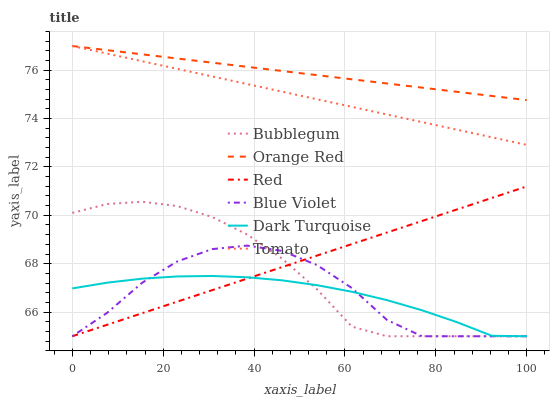
| xaxis_label | Bubblegum | Orange Red | Red | Blue Violet | Dark Turquoise | Tomato |
 | --- | --- | --- | --- | --- | --- | --- |
 | 0 | 70.1 | 77 | 65 | 65 | 67 | 77 |
 | 7.69 | 70.5 | 76.8 | 65.5 | 66 | 67.2 | 76.7 |
 | 15.4 | 70.6 | 76.7 | 66 | 67.2 | 67.4 | 76.4 |
 | 23.1 | 70.4 | 76.5 | 66.4 | 68.1 | 67.5 | 76.1 |
 | 30.8 | 69.9 | 76.3 | 66.9 | 68.6 | 67.5 | 75.7 |
 | 38.5 | 69.2 | 76.1 | 67.4 | 68.7 | 67.4 | 75.4 |
 | 46.2 | 68.2 | 76 | 67.9 | 68.5 | 67.3 | 75.1 |
 | 53.8 | 66.9 | 75.8 | 68.3 | 67.9 | 67.1 | 74.8 |
 | 61.5 | 65.4 | 75.6 | 68.8 | 67 | 66.8 | 74.5 |
 | 69.2 | 65 | 75.5 | 69.3 | 65.7 | 66.5 | 74.2 |
 | 76.9 | 65 | 75.3 | 69.8 | 65 | 66.1 | 73.9 |
 | 84.6 | 65 | 75.1 | 70.2 | 65 | 65.6 | 73.5 |
 | 92.3 | 65 | 74.9 | 70.7 | 65 | 65 | 73.2 |
 | 100 | 65 | 74.8 | 71.2 | 65 | 65 | 72.9 |